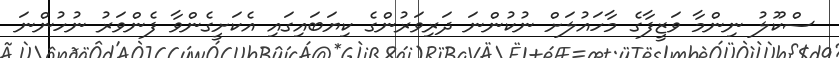
ސްކޫލު ނިންމާ ވަޒީފާގެ މާހައުލަށް ނުކުންނަ ދަރިވަރުންގެ ކިޔަބައިގައި އެކަށީގެންވާ ފެންވަރު ނުހުންނަ